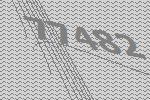
77482